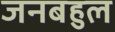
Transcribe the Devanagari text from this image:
जनबहुल